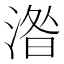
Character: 𣸄